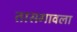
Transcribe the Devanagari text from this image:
तासगावला